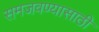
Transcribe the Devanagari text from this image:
समजवण्यासाठी